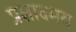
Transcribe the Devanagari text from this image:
प्रसादमय